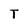
Character: T